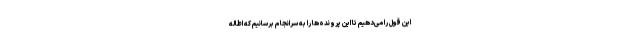
این قول را می‌دهیم تا این پرونده‌ها را به سرانجام برسانیم که اطاله